Report on vaccination in Madras 1895-1903 - 1895-1903
Year: 1895
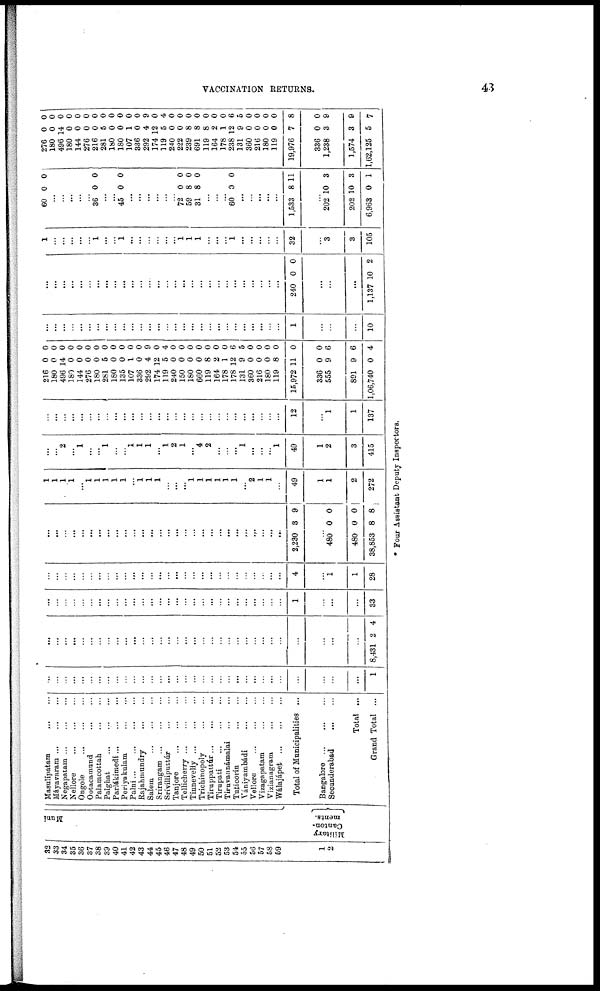
VACCINATION RETURNS.
43
32
33
34
35
36
37
38
39
40
41
42
43
44
45
46
47
48
49
50
51
52
53
54
55
56
57
58
59
1
2
Muni
Military
Canton¬
ments.
Masulípatam
...
Máyavaram
...
...
...
Negapatam
...
...
...
Nellora
...
...
...
Ongole ... ... ...
Ootacamund ... ...
Palamcottah
...
...
Palghat
...
...
...
Parlákimedi
...
...
...
Periyakulam
...
...
Palni
...
...
...
...
Rajahmundry
...
...
Salem
...
...
...
Srírangam
...
...
...
Srívilliputtúr
...
...
Tanjore
...
...
...
Tellicherry
...
...
...
Tinnerelly
...
...
...
Trichinopoly
...
...
Tiruppattúr
...
...
...
Tirupati ... ... ...
Tiruvannámalai ... ...
Taticorin
...
...
Vániyambádi
...
...
Vellore
...
...
...
Vizagapatam
...
...
Vizianagram ... ...
Wálajápet ... ... ...
Total of Municipalities ...
Bangalore
...
...
...
Secunderabad
...
...
Total ...
Grand Total ...
...
...
...
...
...
...
...
...
...
...
...
...
...
...
...
...
...
...
...
...
...
...
...
...
...
...
...
...
...
...
...
...
1
...
...
...
...
...
...
...
...
...
...
...
...
...
...
...
...
...
...
...
...
...
...
...
...
...
...
...
...
...
...
...
...
8,431 2 4
...
...
...
...
...
...
...
...
...
...
...
...
...
...
...
...
...
...
...
...
...
...
...
...
...
...
...
...
1
...
...
...
33
...
...
...
...
...
...
...
...
...
...
...
...
...
...
...
...
...
...
...
...
...
...
...
...
...
...
...
...
4
...
1
1
28
...
...
...
...
...
...
...
...
...
...
...
...
...
...
...
...
...
...
...
...
...
...
...
...
...
...
...
...
2,230 3 9
...
480
480
38,853
0
0
8
0
0
8
1
1
1
1
...
1
1
1
1
1
...
1
1
1
...
...
... 1
1
1
1
1
1
...
2
1
1
...
49
1
1
2
272
...
... 2
...
1
...
...
1
...
...
1
1
1
... 1
2
1
...
4
2
...
...
...
1
...
...
...
1
49
1
2
3
415
...
...
...
...
...
...
...
...
...
...
...
...
...
...
...
...
...
...
...
...
...
...
...
...
...
...
...
...
12
...
1
1
137
216
180
496
180
144
276
180
281
180
135
107
336
292
174
119
240
150
180
660
119
164
178
178
131
360
216
180
119
15,972
336
555
891
1,06,740
0
0
14
0
0
0
0
5
0
0
1
0
4
12
5
0
0
0
0
8
2
1
12
9
0
0
0
8
11
0
9
9
0
0
0
0
0
0
0
0
0
0
0
0
0
9
0
4
0
0
0
0
0
0
0
6
5
0
0
0
0
0
0
6
6
4
...
...
...
...
...
...
...
...
...
...
...
...
...
...
...
...
...
...
...
...
...
...
...
...
...
...
...
...
1
...
...
...
10
...
...
...
...
...
...
...
...
...
...
...
...
...
...
...
...
...
...
...
...
...
...
...
...
...
...
...
...
240 0 0
...
...
...
1,137 10 2
1
...
...
...
...
...
1
...
...
1
...
...
...
...
...
...
1
1
1
...
...
... 1
...
...
...
...
...
32
...
3
3
105
60 0 0
...
...
...
...
...
36 0 0
...
...
45 0 0
...
...
...
...
...
...
72
59
31
0
8
8
0
0
0
...
...
... 60 0 0
...
...
...
...
...
1,533 8 11
...
202
202
6,963
10
10
0
3
3
1
276
180
496
180
144
276
216
281
180
180
107
336
292
174
119
240
222
239
691
119
164
178
238
131
360
216
180
119
19,976
336
1,238
1,574
1,62,125
0
0
14
0
0
0
0
5
0
0
1
0
4
12
5
0
0
8
8
8
2
1
12
9
0
0
0
0
7
0
3
3
5
0
0
0
0
0
0
0
0
0
0
0
0
9
0
4
0
0
0
0
0
0
0
6
5
0
0
0
0
8
0
9
9
7
* Four Assistant Deputy Inspectors.